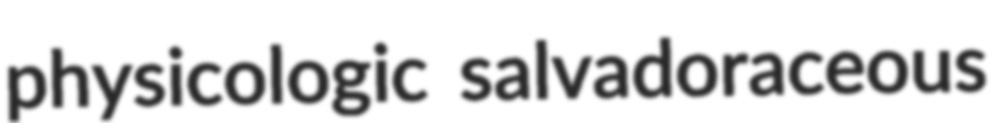
physicologic salvadoraceous